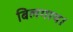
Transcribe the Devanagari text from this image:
बिलगाय।